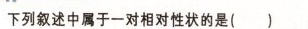
下列叙述中属于一对相对性状的是( ）